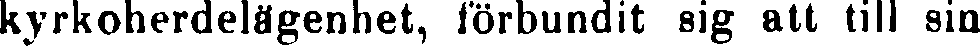
kyrkoherdelägenhet, förbundit sig att till sin